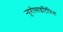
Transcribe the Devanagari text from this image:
न्यूरोसाइंटिफिक